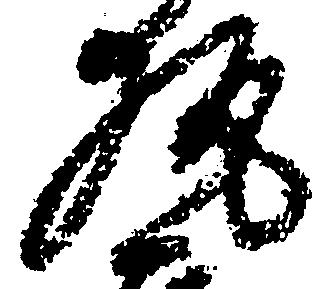
執